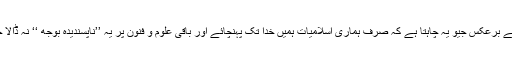
اس کے برعکس جیو یہ چاہتا ہے کہ صرف ہماری اسلامیات ہمیں خدا تک پہنچائے اور باقی علوم و فنون پر یہ ’’ناپسندیدہ بوجھ ‘‘ نہ ڈالا جائے۔